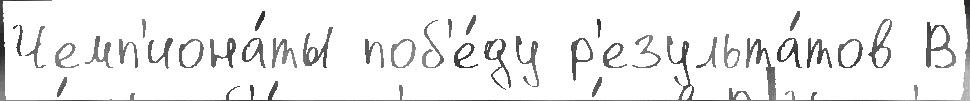
Чемп'иона́ты поб'е́ду р'езульта́тов В